Vaccination Hyderabad 1872-1889 - 1872-1889
Year: 1872
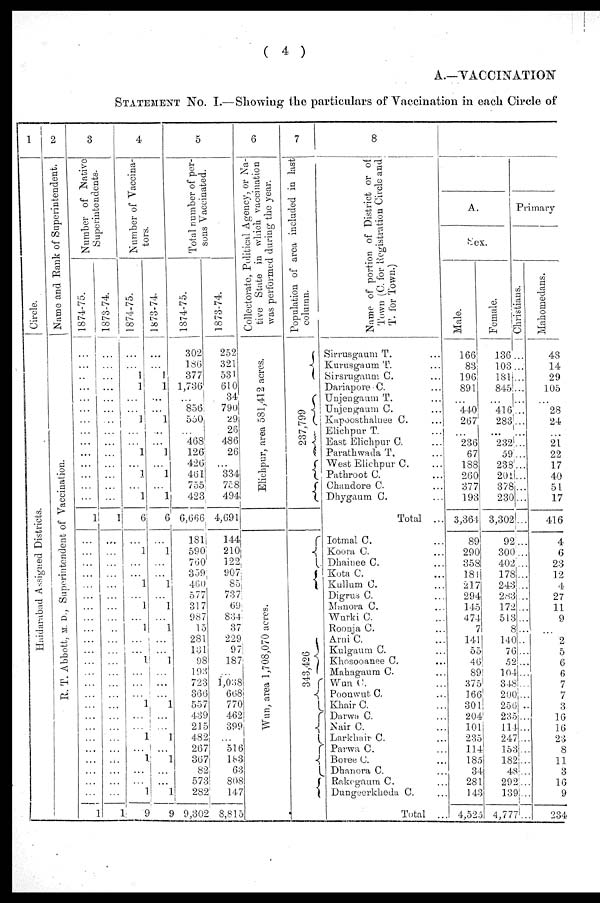
( 4 )
A.—VACCINATION
STATEMENT No. I.—Showing the particulars of Vaccination in each Circle of
1
Circle.
Haidarabad Assigned Districts.
2
Name and Bank of Superintendent.
R. T. Abbott, M. D., Superintendent of Vaccination.
3
Number of Native
Superintendents.
1874-75.
...
...
... ...
...
...
...
... ...
...
...
...
... ...
1
...
...
...
...
...
...
...
...
... ...
...
...
...
...
...
... ...
...
...
...
...
...
...
1
1873-74.
...
...
... ...
...
...
...
... ...
...
...
...
... ...
1
...
...
... ...
...
...
...
...
...
...
...
...
...
...
... ...
...
... ...
...
... ...
... ...
1
4
Number of Vaccina¬
tors.
1874-75.
...
... 1
1
... ...
1
...
... 1
...
1
...
1
6
...
1
...
... 1
...
1
... 1
...
... 1
...
...
... 1
...
... 1
... 1
...
... 1
9
1873-74.
...
...
1
1
...
...
1
...
...
1
... 1
...
1
6
...
1
... ...
1
...
1
... 1
... ...
1
... ...
...
1
...
... 1
...
1
...
...
1
9
5
Total number of per-
sons Vaccinated.
1874-75.
302
186
377
1,736
... 856
550
... 468
126
426
461
755
423
6,666
181
590
760
359
460
577
317
987
15
281
131
98
193
723
366
557
439
215
482
267
367
82
573
282
9,302
1873-74.
252
321
531
610
34
790
29
26
486
26
...
334
758
494
4,691
144
210
122
907
85
737
69
834
37
229
97
187
... 1,038
668
770
462
399
516
183
63
808
147
8,815
6
Collectorate, Political Agency, or Na-
tive State in which vaccination
was performed during the year.
Elichpur, area 581,412 acres.
Wun, area 1,708,070 acres.
7
Population of area included in last
column.
237,799
343,426
8
Name of portion of District or of
Town (C. for Registration Circle and
T. for Town.)
Sirrusgaum T. ...
Kurusgaum T. ...
Sirsrugaum C. ...
Dariapore C. ...
Unjengaum T. ...
Unjengaum C. ...
Kupoosthalnee C. ...
Elichpur T. ...
East Elichpur C. ...
Parathwada T. ...
West Elichpur C. ...
Pathroot C. ...
Chandore C. ...
Dhygaum C. ...
Total ...
Iotmal C. ...
Koora C. ...
Dhainee C.
Kota C. ...
Kullum C. ...
Digrus C. ...
Manora C. ...
Wurki C. ...
Roonja C. ...
Arni C. ...
Kulgaum C. ...
Khosooanee C. ...
Mahagaum C. ...
Wun C. ...
Poonwut C. ...
Khair C. ...
Darwa C. ...
Nair C. ...
Larkhair C. ...
Parwa C. ...
Boree C. ...
Dhanora C. ...
Rakegaum C. ...
Dungeerkheda C. ...
Total ...
A.
Sex.
Male.
166
83
196
891
...
440
267
... 236
67
188
260
377
193
3,364
89
290
358
181
217
294
145
474
7
141
55
46
89
375
166
301
204
101
235
114
185
34
281
143
4,525
Female.
136
103
181
845
...
416
283
...
232
59
238
201
378
230
3,302
92
300
402
178
243
283
172
513
8
140
76
52
104
348
200
256
235
114
247
153
182
48
292
139
4,777
Primary
Chiristians.
...
...
...
...
...
...
...
...
...
...
...
...
...
...
...
...
...
...
...
...
...
...
... ...
...
...
...
...
...
...
...
... ..
...
...
...
...
...
...
...
Mahomedans.
48
14
29
105
... 28
24
... 21
22
17
40
51
17
416
4
6
23
12
4
27
11
9
...
2
5
6
6
7
7
3
16
16
23
8
11
3
16
9
234